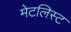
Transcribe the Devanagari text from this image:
मेटलिस्ट